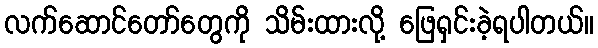
လက်ဆောင်တော်တွေကို သိမ်းထားလို့ ဖြေရှင်းခဲ့ရပါတယ်။